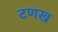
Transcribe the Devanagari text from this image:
टणख